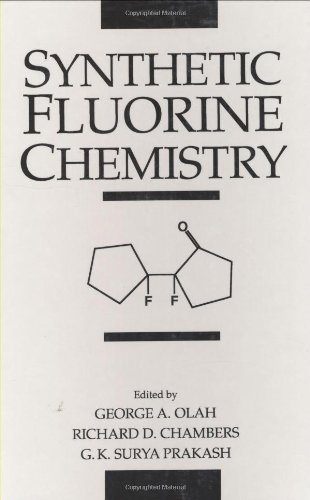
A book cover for Synthetic Fluorine Chemistry; Science & Math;